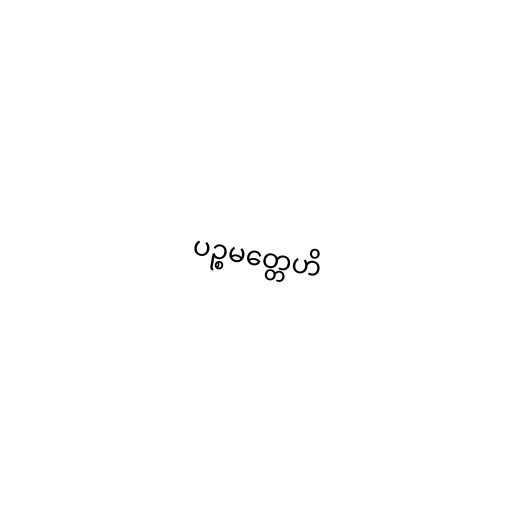
ပဉ္စမတ္တေဟိ